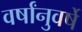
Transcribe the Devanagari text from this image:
वर्षांनुवर्षे